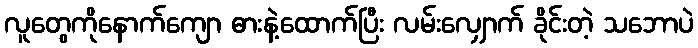
လူတွေကိုနောက်ကျော ဓားနဲ့ထောက်ပြီး လမ်းလျှောက် ခိုင်းတဲ့ သဘောပဲ